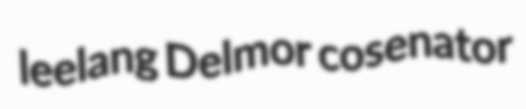
leelang Delmor cosenator